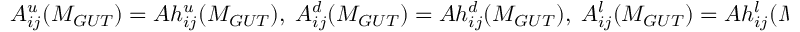
A _ { i j } ^ { u } ( M _ { G U T } ) = A h _ { i j } ^ { u } ( M _ { G U T } ) , \; A _ { i j } ^ { d } ( M _ { G U T } ) = A h _ { i j } ^ { d } ( M _ { G U T } ) , \; A _ { i j } ^ { l } ( M _ { G U T } ) = A h _ { i j } ^ { l } ( M _ { G U T } ) ,